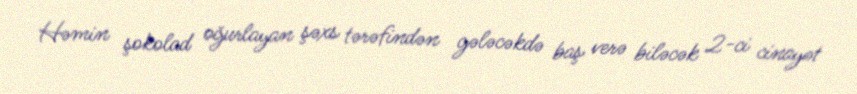
Həmin şokolad oğurlayan şəxs tərəfindən gələcəkdə baş verə biləcək 2-ci cinayət